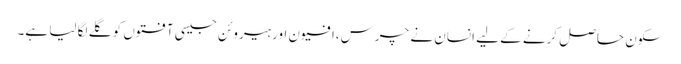
سکون حاصل کرنے کے لیے انسان نے چرس،افیون اور ہیروئن جیسی آفتوں کو گلے لگا لیا ہے۔